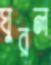
ঘুরল